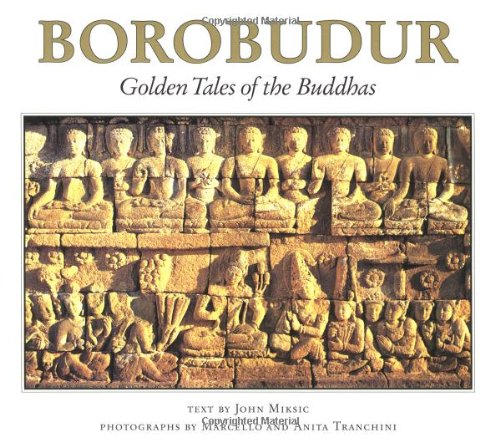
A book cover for Borobudur: Golden Tales of the Buddhas (Periplus travel guides); John N. Miksic; Travel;